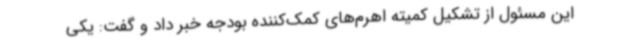
این مسئول از تشکیل کمیته اهرم‌های کمک‌کننده بودجه خبر داد و گفت: یکی